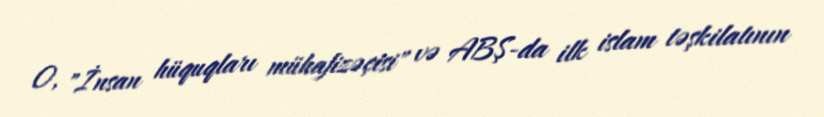
O, "İnsan hüquqları mühafizəçisi" və ABŞ-da ilk islam təşkilatının